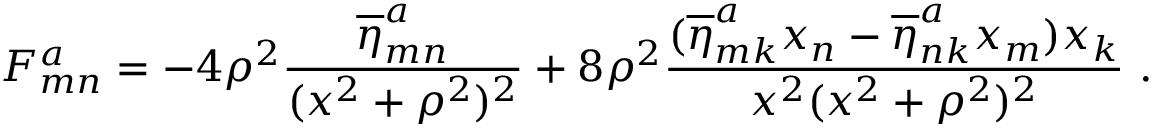
F _ { m n } ^ { a } = - 4 \rho ^ { 2 } \frac { \overline { { \eta } } _ { m n } ^ { a } } { ( x ^ { 2 } + \rho ^ { 2 } ) ^ { 2 } } + 8 \rho ^ { 2 } \frac { ( \overline { { \eta } } _ { m k } ^ { a } x _ { n } - \overline { { \eta } } _ { n k } ^ { a } x _ { m } ) x _ { k } } { x ^ { 2 } ( x ^ { 2 } + \rho ^ { 2 } ) ^ { 2 } } ~ .